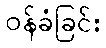
ဝန်ခံခြင်း